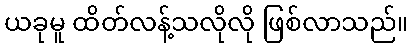
ယခုမူ ထိတ်လန့်သလိုလို ဖြစ်လာသည်။